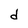
Character: d